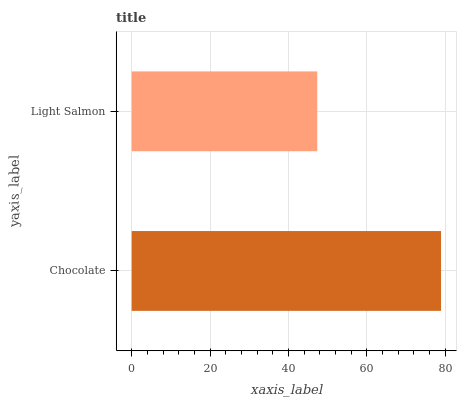
| yaxis_label | bars |
 | --- | --- |
 | Chocolate | 78.9 |
 | Light Salmon | 47.4 |